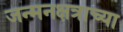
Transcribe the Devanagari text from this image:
जन्मनक्षत्राच्या